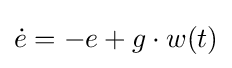
{\dot {e}}=-e+g\cdot w(t)